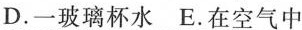
D.一玻璃杯水 E.在空气中